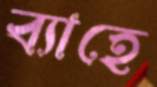
ব্যাহে